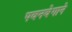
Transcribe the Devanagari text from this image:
पवनवेगाने